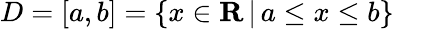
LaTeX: D=[a,b]=\{ x\in\mathbf{R}\, |\, a\leq x\leq b\} \quad